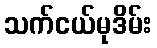
သက်ငယ်မုဒိမ်း